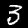
Label: 3